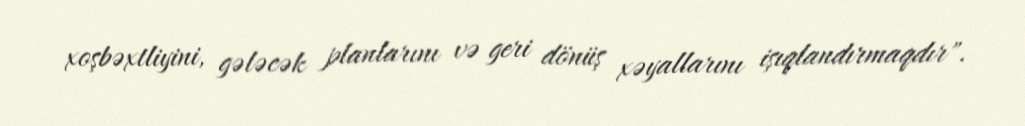
xoşbəxtliyini, gələcək planlarını və geri dönüş xəyallarını işıqlandırmaqdır".